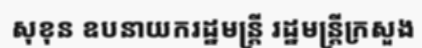
សុខុន ឧបនាយករដ្ឋមន្ត្រី រដ្ឋមន្ត្រីក្រសួង